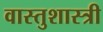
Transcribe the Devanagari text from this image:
वास्‍तुशास्‍त्री